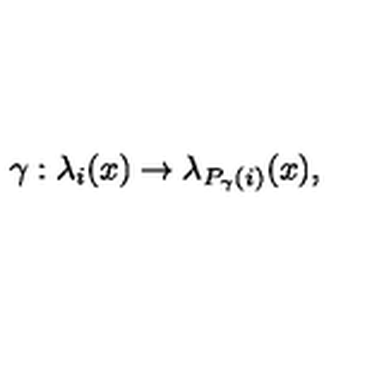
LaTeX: \gamma : \lambda _ { i } ( x ) \rightarrow \lambda _ { P _ { \gamma } ( i ) } ( x ) ,